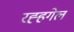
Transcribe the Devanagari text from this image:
रह्हगेल